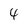
Character: 4